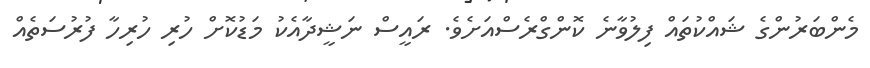
މެންބަރުންގެ ޝައްކުތައް ފިލުވާނެ ކޮންގްރެސްއަށެވެ. ރައީސް ނަޝީދާއެކު މަޑުކޮށް ހުރި ހުރިހާ ފުރުސަތެއް